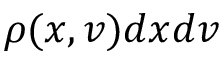
\rho ( x , v ) d x d v